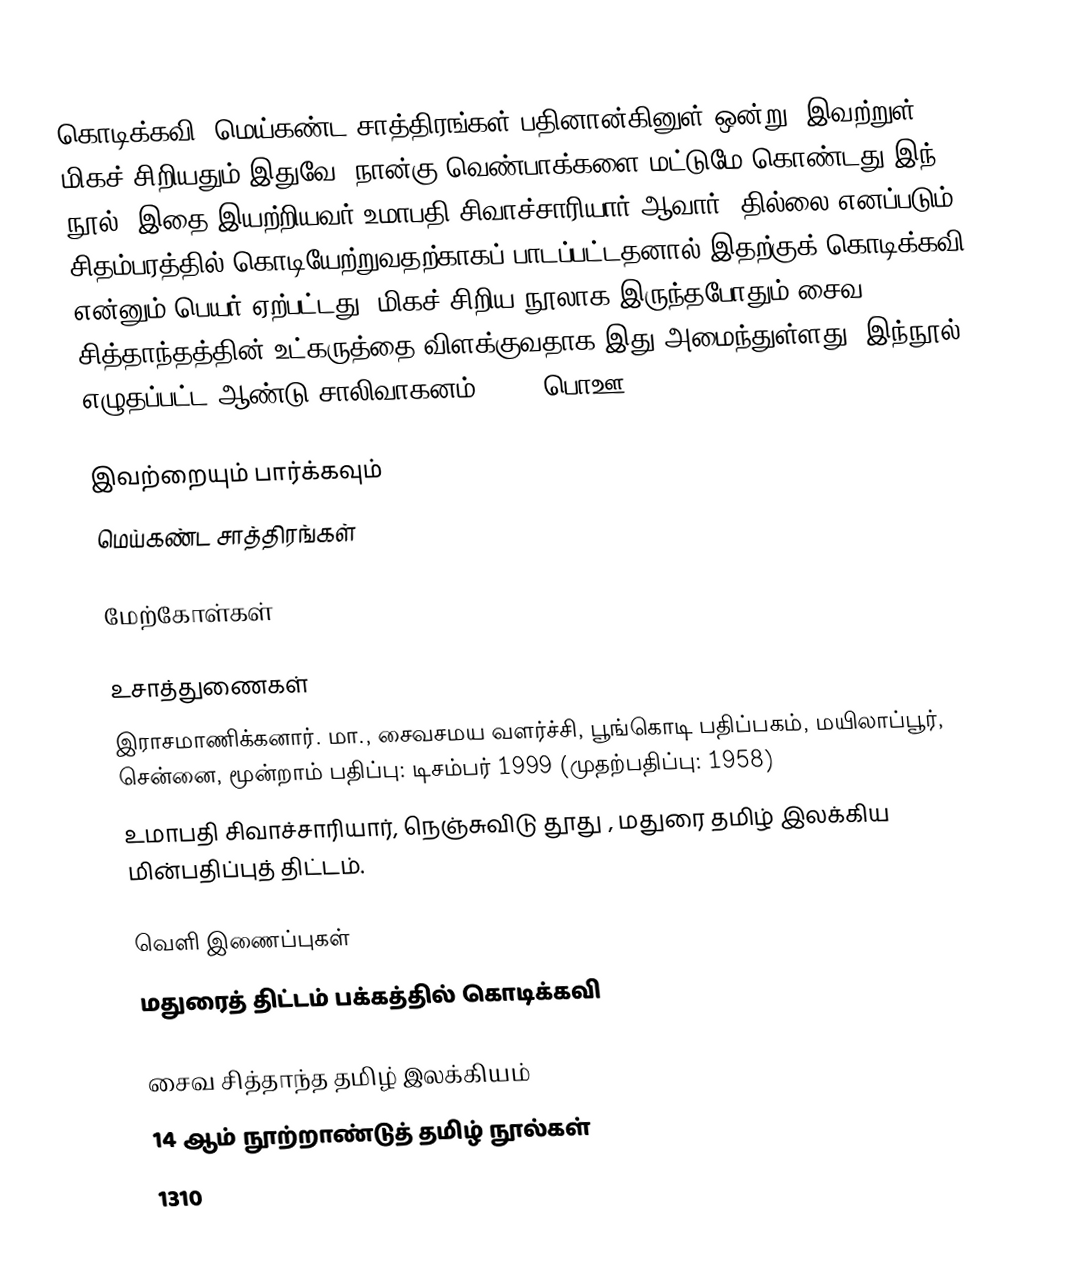
கொடிக்கவி, மெய்கண்ட சாத்திரங்கள் பதினான்கினுள் ஒன்று. இவற்றுள் மிகச் சிறியதும் இதுவே. நான்கு வெண்பாக்களை மட்டுமே கொண்டது இந் நூல். இதை இயற்றியவர் உமாபதி சிவாச்சாரியார் ஆவார். தில்லை எனப்படும் சிதம்பரத்தில் கொடியேற்றுவதற்காகப் பாடப்பட்டதனால் இதற்குக் கொடிக்கவி என்னும் பெயர் ஏற்பட்டது. மிகச் சிறிய நூலாக இருந்தபோதும் சைவ சித்தாந்தத்தின் உட்கருத்தை விளக்குவதாக இது அமைந்துள்ளது. இந்நூல் எழுதப்பட்ட ஆண்டு சாலிவாகனம் 1232 (பொஊ 1310).

இவற்றையும் பார்க்கவும்
 மெய்கண்ட சாத்திரங்கள்

மேற்கோள்கள்

உசாத்துணைகள்
 இராசமாணிக்கனார். மா., சைவசமய வளர்ச்சி, பூங்கொடி பதிப்பகம், மயிலாப்பூர், சென்னை, மூன்றாம் பதிப்பு: டிசம்பர் 1999 (முதற்பதிப்பு: 1958)
 உமாபதி சிவாச்சாரியார், நெஞ்சுவிடு தூது , மதுரை தமிழ் இலக்கிய மின்பதிப்புத் திட்டம்.

வெளி இணைப்புகள்
மதுரைத் திட்டம் பக்கத்தில் கொடிக்கவி

சைவ சித்தாந்த தமிழ் இலக்கியம்
14 ஆம் நூற்றாண்டுத் தமிழ் நூல்கள்
1310